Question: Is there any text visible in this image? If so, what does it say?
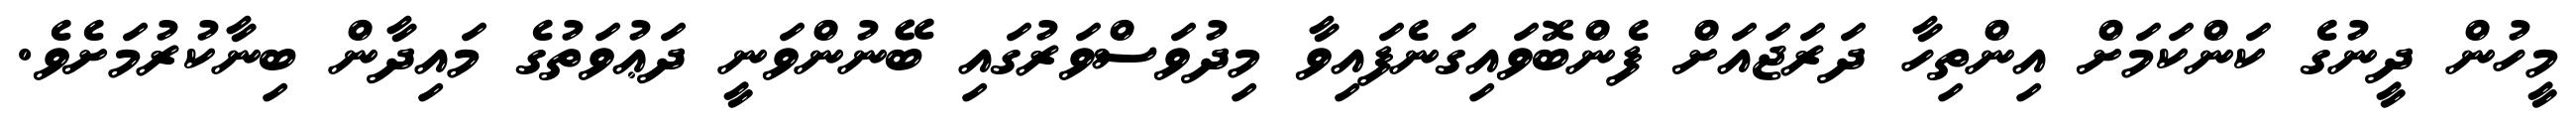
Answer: މީހުން ދީނުގެ ކަންކަމަށް އިންތިހާ ދަރަޖައަށް ފެންބޮވައިގަނެފައިވާ މިދުވަސްވަރުގައި ބޭނުންވަނީ ދަޢުވަތުގެ މައިދާން ބިނާކުރުމަށެވެ.